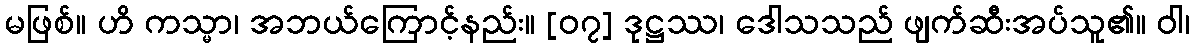
မဖြစ်။ ဟိ ကသ္မာ၊ အဘယ်ကြောင့်နည်း။ [၀၇] ဒုဋ္ဌဿ၊ ဒေါသသည် ဖျက်ဆီးအပ်သူ၏။ ဝါ၊